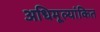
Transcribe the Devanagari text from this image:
अधिमूल्यांकित